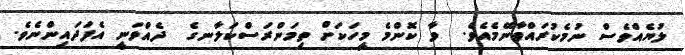
ލުޔެއްވެސް ނުމެކުރައްވާނޭމެއެވެ.  ވާ ކޮންމެ މީހަކަށް ތިމަންރަސްކަލާނގެ  ދެއްވަނީ އެފަދައިންނެވެ.